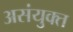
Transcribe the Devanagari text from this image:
असंयुक्‍त